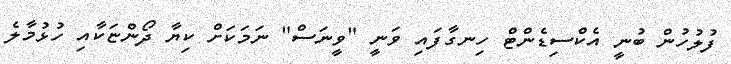
ފުލުހުން ބުނީ އެކްސިޑެންޓް ހިނގާފައި ވަނީ "ވީނަސް" ނަމަކަށް ކިޔާ ދޯންޏަކާއި ހުޅުމާލެ